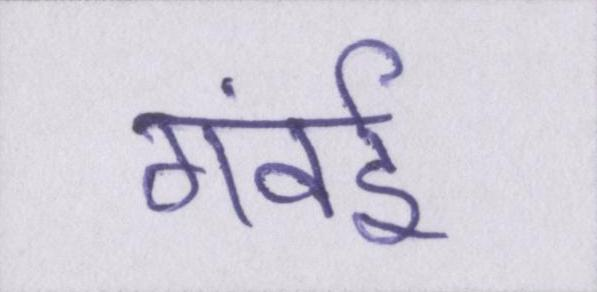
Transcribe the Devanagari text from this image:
गंवई